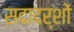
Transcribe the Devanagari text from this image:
सदादर्शों